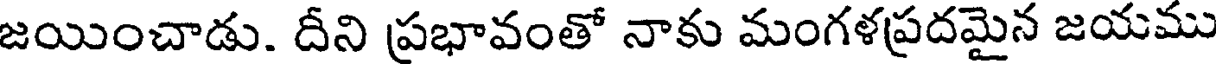
జయించాడు. దీని ప్రభావంతో నాకు మంగళప్రదమైన జయము